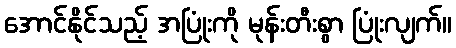
အောင်နိုင်သည့် အပြုံးကို မုန်းတီးစွာ ပြုံးလျက်။